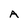
Character: A